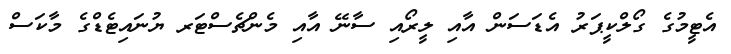
އެޓީމުގެ ގޯލްކީޕަރު އެޑަސަން އާއި ލީރޯއި ސާނޭ އާއި މެންޗެސްޓަރ ޔުނައިޓެޑްގެ މާކަސް